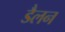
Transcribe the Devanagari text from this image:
डैलन